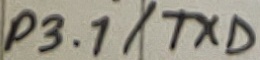
Text: P3.1/TXD